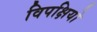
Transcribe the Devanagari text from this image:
विपक्षियो